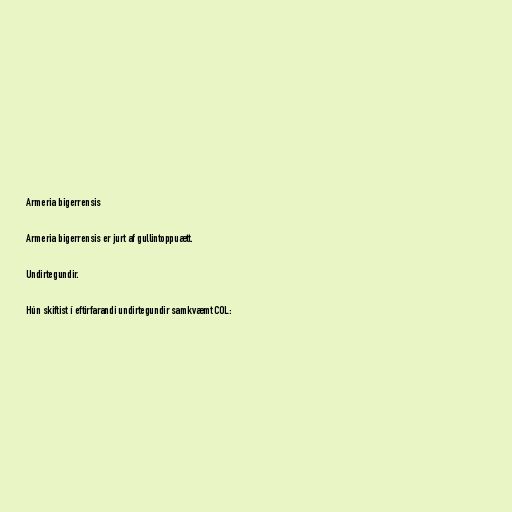
Armeria bigerrensis

Armeria bigerrensis er jurt af gullintoppuætt.

Undirtegundir.

Hún skiftist í eftirfarandi undirtegundir samkvæmt COL: